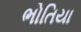
ભોતિયા